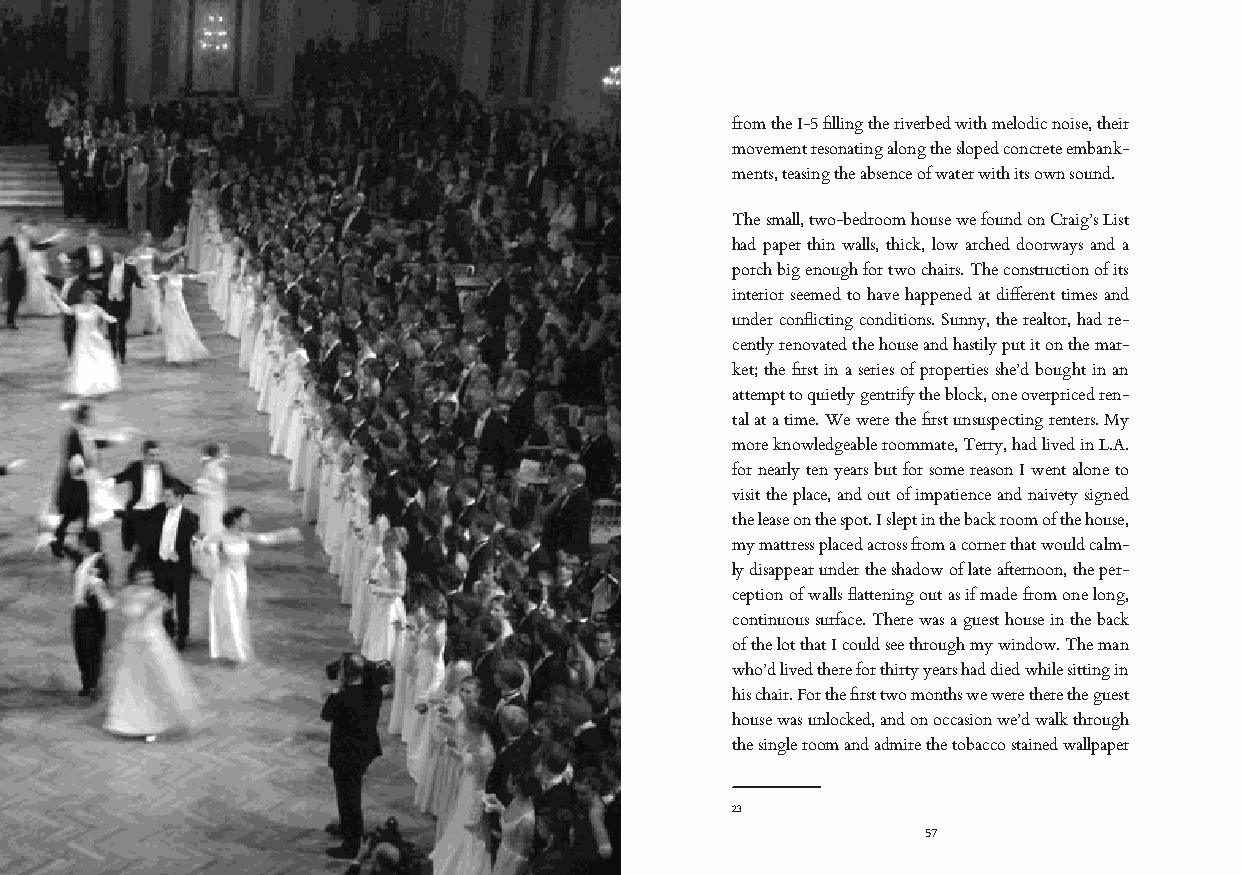
from the I-5 filling the riverbed with melodic noise, their
 movement resonating along the sloped concrete embank-
 ments, teasing the absence of water with its own sound.
 The small, two-bedroom house we found on Craig’s List
 had paper thin walls, thick, low arched doorways and a
 porch big enough for two chairs. The construction of its
 interior seemed to have happened at different times and
 under conflicting conditions. Sunny, the realtor, had re-
 cently renovated the house and hastily put it on the mar-
 ket; the first in a series of properties she’d bought in an
 attempt to quietly gentrify the block, one overpriced ren-
 tal at a time. We were the first unsuspecting renters. My
 more knowledgeable roommate, Terry, had lived in L.A.
 for nearly ten years but for some reason I went alone to
 visit the place, and out of impatience and naivety signed
 the lease on the spot. I slept in the back room of the house,
 my mattress placed across from a corner that would calm-
 ly disappear under the shadow of late afternoon, the per-
 ception of walls flattening out as if made from one long,
 continuous surface. There was a guest house in the back
 of the lot that I could see through my window. The man
 who’d lived there for thirty years had died while sitting in
 his chair. For the first two months we were there the guest
 house was unlocked, and on occasion we’d walk through
 the single room and admire the tobacco stained wallpaper
 23
 57